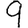
Digit: 9